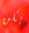
يكن